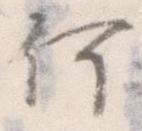
何